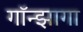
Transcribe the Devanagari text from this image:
गॉन्झागा